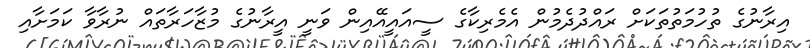
އިރާނުގެ ތުހުމަތުތަކަށް ރައްދުދެމުން އެމެރިކާގެ ސީއައީއޭއިން ވަނީ އީރާނުގެ މުޒާހަރާތައް ނުރާވާ ކަމަށާއި